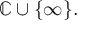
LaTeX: \mathbb { C } \cup \{ \infty \} .